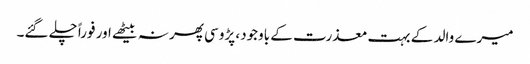
میرے والد کے بہت معذرت کے باوجود، پڑوسی پھر نہ بیٹھے اور فوراً چلے گئے۔